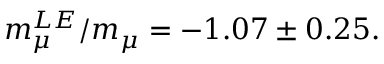
m _ { \mu } ^ { L E } / m _ { \mu } = - 1 . 0 7 \pm 0 . 2 5 .